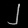
Digit: ၂